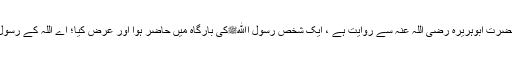
حضرت ابوہریرہ رضی اللہ عنہ سے روایت ہے ، ایک شخص رسول اﷲﷺکی بارگاہ میں حاضر ہوا اور عرض کیا؛ اے اللہ کے رسول!